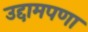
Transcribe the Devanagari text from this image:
उद्दामपणा